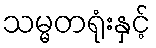
သမ္မတရုံးနှင့်